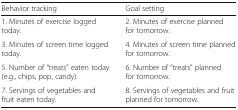
| Behavior tracking | Goal setting |
 | --- | --- |
 | 1. Minutes of exercise logged today. | 2. Minutes of exercise planned for tomorrow. |
 | 3. Minutes of screen time logged today. | 4. Minutes of screen time planned for tomorrow. |
 | 5. Number of “treats” eaten today (e.g., chips, pop, candy). | 6. Number of “treats” planned for tomorrow. |
 | 7. Servings of vegetables and fruit eaten today. | 8. Servings of vegetables and fruit planned for tomorrow. |